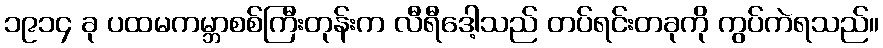
၁၉၁၄ ခု ပထမကမ္ဘာစစ်ကြီးတုန်းက လီရီဒေါ့သည် တပ်ရင်းတခုကို ကွပ်ကဲရသည်။